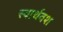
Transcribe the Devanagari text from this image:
स्वार्थवश